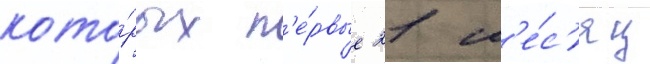
кото́рых п'е́рвые 21 м'е́с'яц